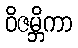
ဝိဇမ္ဘိကာ